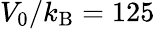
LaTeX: V_{0}/k_{\mathrm{B}}=125